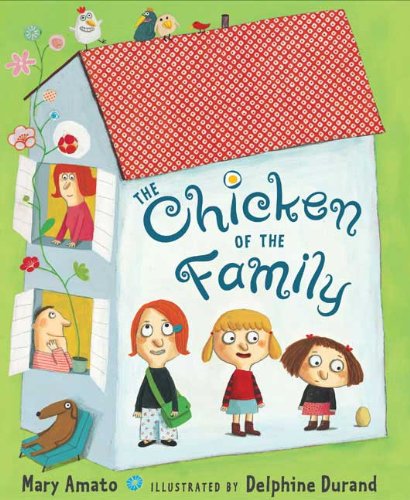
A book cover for The Chicken of the Family; Mary Amato; Children's Books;